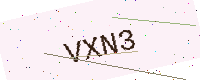
Text: VXN3